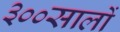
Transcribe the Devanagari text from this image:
३००सालों